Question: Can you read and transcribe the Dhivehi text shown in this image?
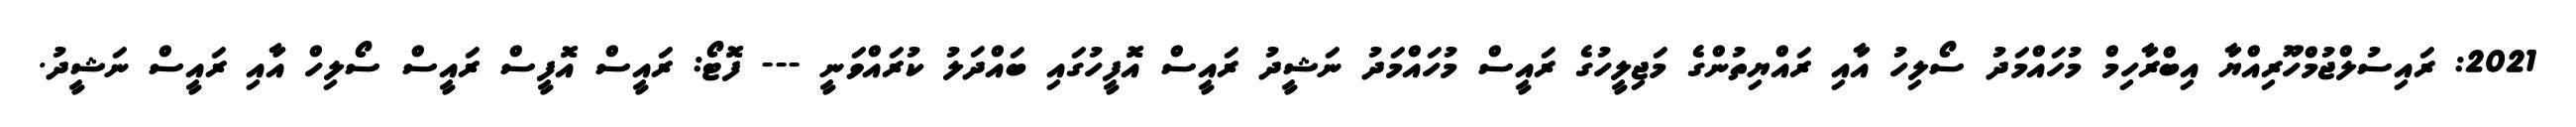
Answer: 2021: ރައިސުލްޖުމްހޫރިއްޔާ އިބްރާހިމް މުހައްމަދު ސޯލިހު އާއި ރައްޔިތުންގެ މަޖިލީހުގެ ރައީސް މުހައްމަދު ނަޝީދު ރައީސް އޮފީހުގައި ބައްދަލު ކުރައްވަނީ --- ފޮޓޯ: ރައީސް އޮފީސް ރައީސް ސޯލިހް އާއި ރައީސް ނަޝީދު.